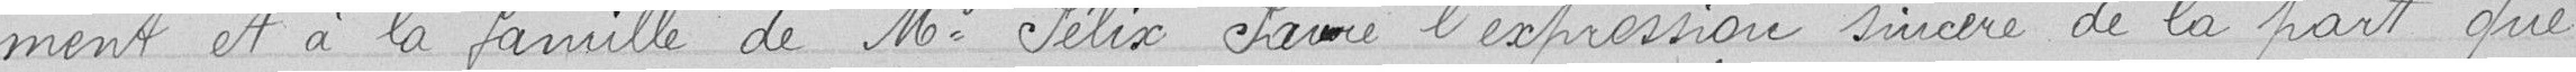
ment et à la famille de Mr. Félix Faure l'expression sincère de la part que